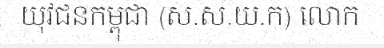
យុវជនកម្ពុជា (ស.ស.យ.ក) លោក